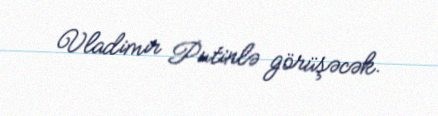
Vladimir Putinlə görüşəcək.